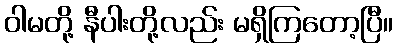
ဝါမတို့ နီပါးတို့လည်း မရှိကြတော့ပြီ။